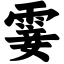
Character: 霎